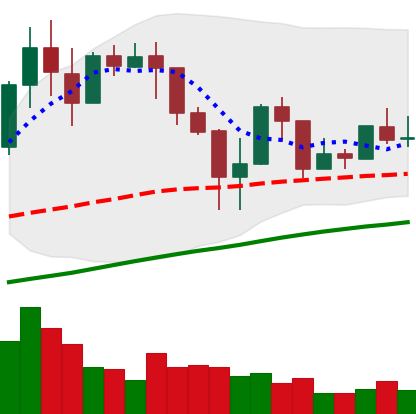
Ticker: LINK-USD
Chart end date: 2019-04-20
Forward return: -13.605%
Label: down_7plus